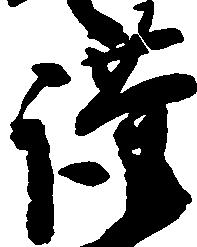
謹